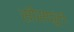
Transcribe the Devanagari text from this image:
सीसफूल